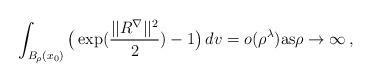
LaTeX: \begin{align*}\int_{B_\rho(x_0)} \big (\exp(\frac{||R^\nabla ||^2}2) - 1\big )\, dv = o(\rho^\lambda )\text{as} \rho\rightarrow \infty\, ,\end{align*}